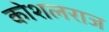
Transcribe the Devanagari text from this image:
कोशलराज